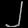
Digit: ၂